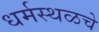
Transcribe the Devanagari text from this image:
धर्मस्थळचे